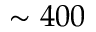
\sim 4 0 0